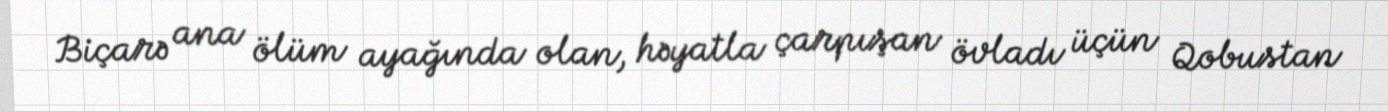
Biçarə ana ölüm ayağında olan, həyatla çarpışan övladı üçün Qobustan